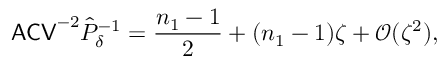
\mathsf { A C V } ^ { - 2 } \hat { P } _ { \delta } ^ { - 1 } = \frac { n _ { 1 } - 1 } { 2 } + ( n _ { 1 } - 1 ) \zeta + \mathcal O ( \zeta ^ { 2 } ) ,